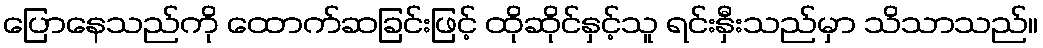
ပြောနေသည်ကို ထောက်ဆခြင်းဖြင့် ထိုဆိုင်နှင့်သူ ရင်းနှီးသည်မှာ သိသာသည်။